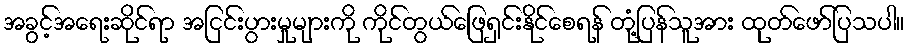
အခွင့်အရေးဆိုင်ရာ အငြင်းပွားမှုများကို ကိုင်တွယ်ဖြေရှင်းနိုင်စေရန် တုံ့ပြန်သူအား ထုတ်ဖော်ပြသပါ။